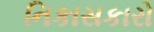
નિકાસકારો